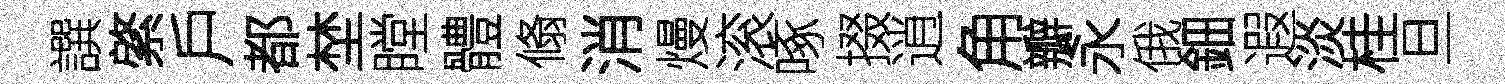
譔綮戶都埜瞠體翛消熳滚啄掇逍角瓣永俄鈿遐淡桂旦